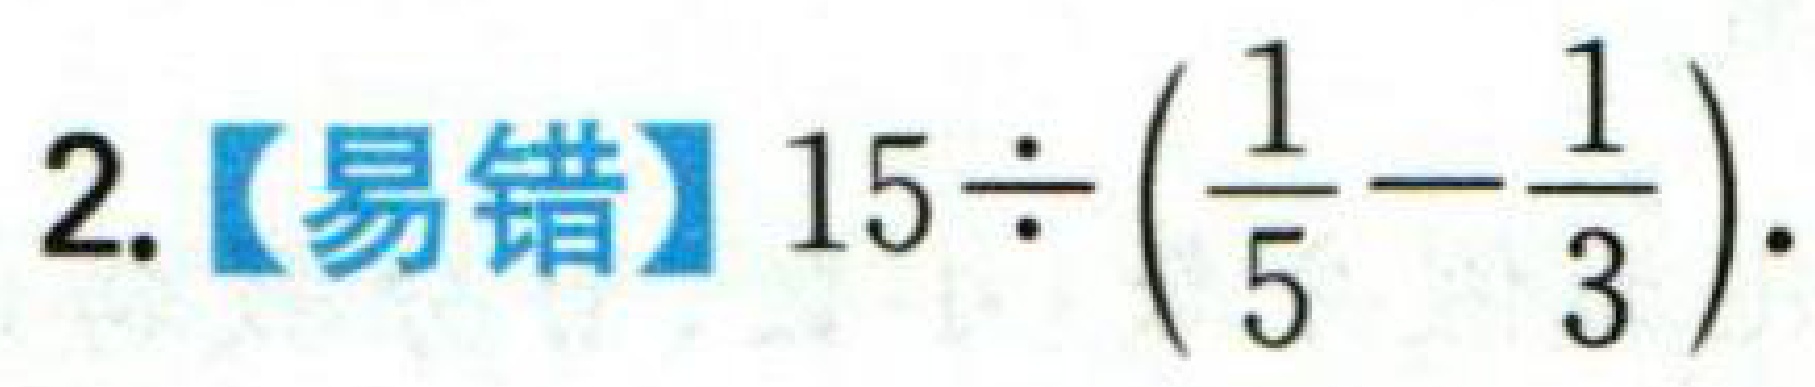
2.【易错】\(15\div\left(\frac{1}{5}-\frac{1}{3}\right)\).